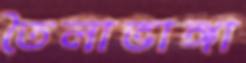
তৈলাভাঙ্গা